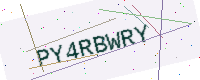
Text: PY4RBWRY